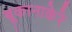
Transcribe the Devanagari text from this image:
बूकानाकेरे